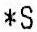
*S